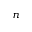
n